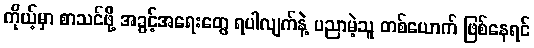
ကိုယ့်မှာ စာသင်ဖို့ အခွင့်အရေးတွေ ရပါလျက်နဲ့ ပညာမဲ့သူ တစ်ယောက် ဖြစ်နေရင်